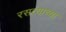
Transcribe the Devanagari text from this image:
रसत्याच्या